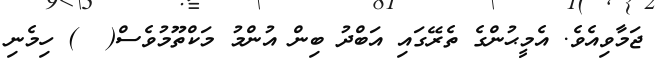
ޖަމާވިއެވެ. އެމީޙުންގެ ތެރޭގައި އަބްދު ބިން އުންމު މަކްތޫމުވެސް(  ) ހިމެނި